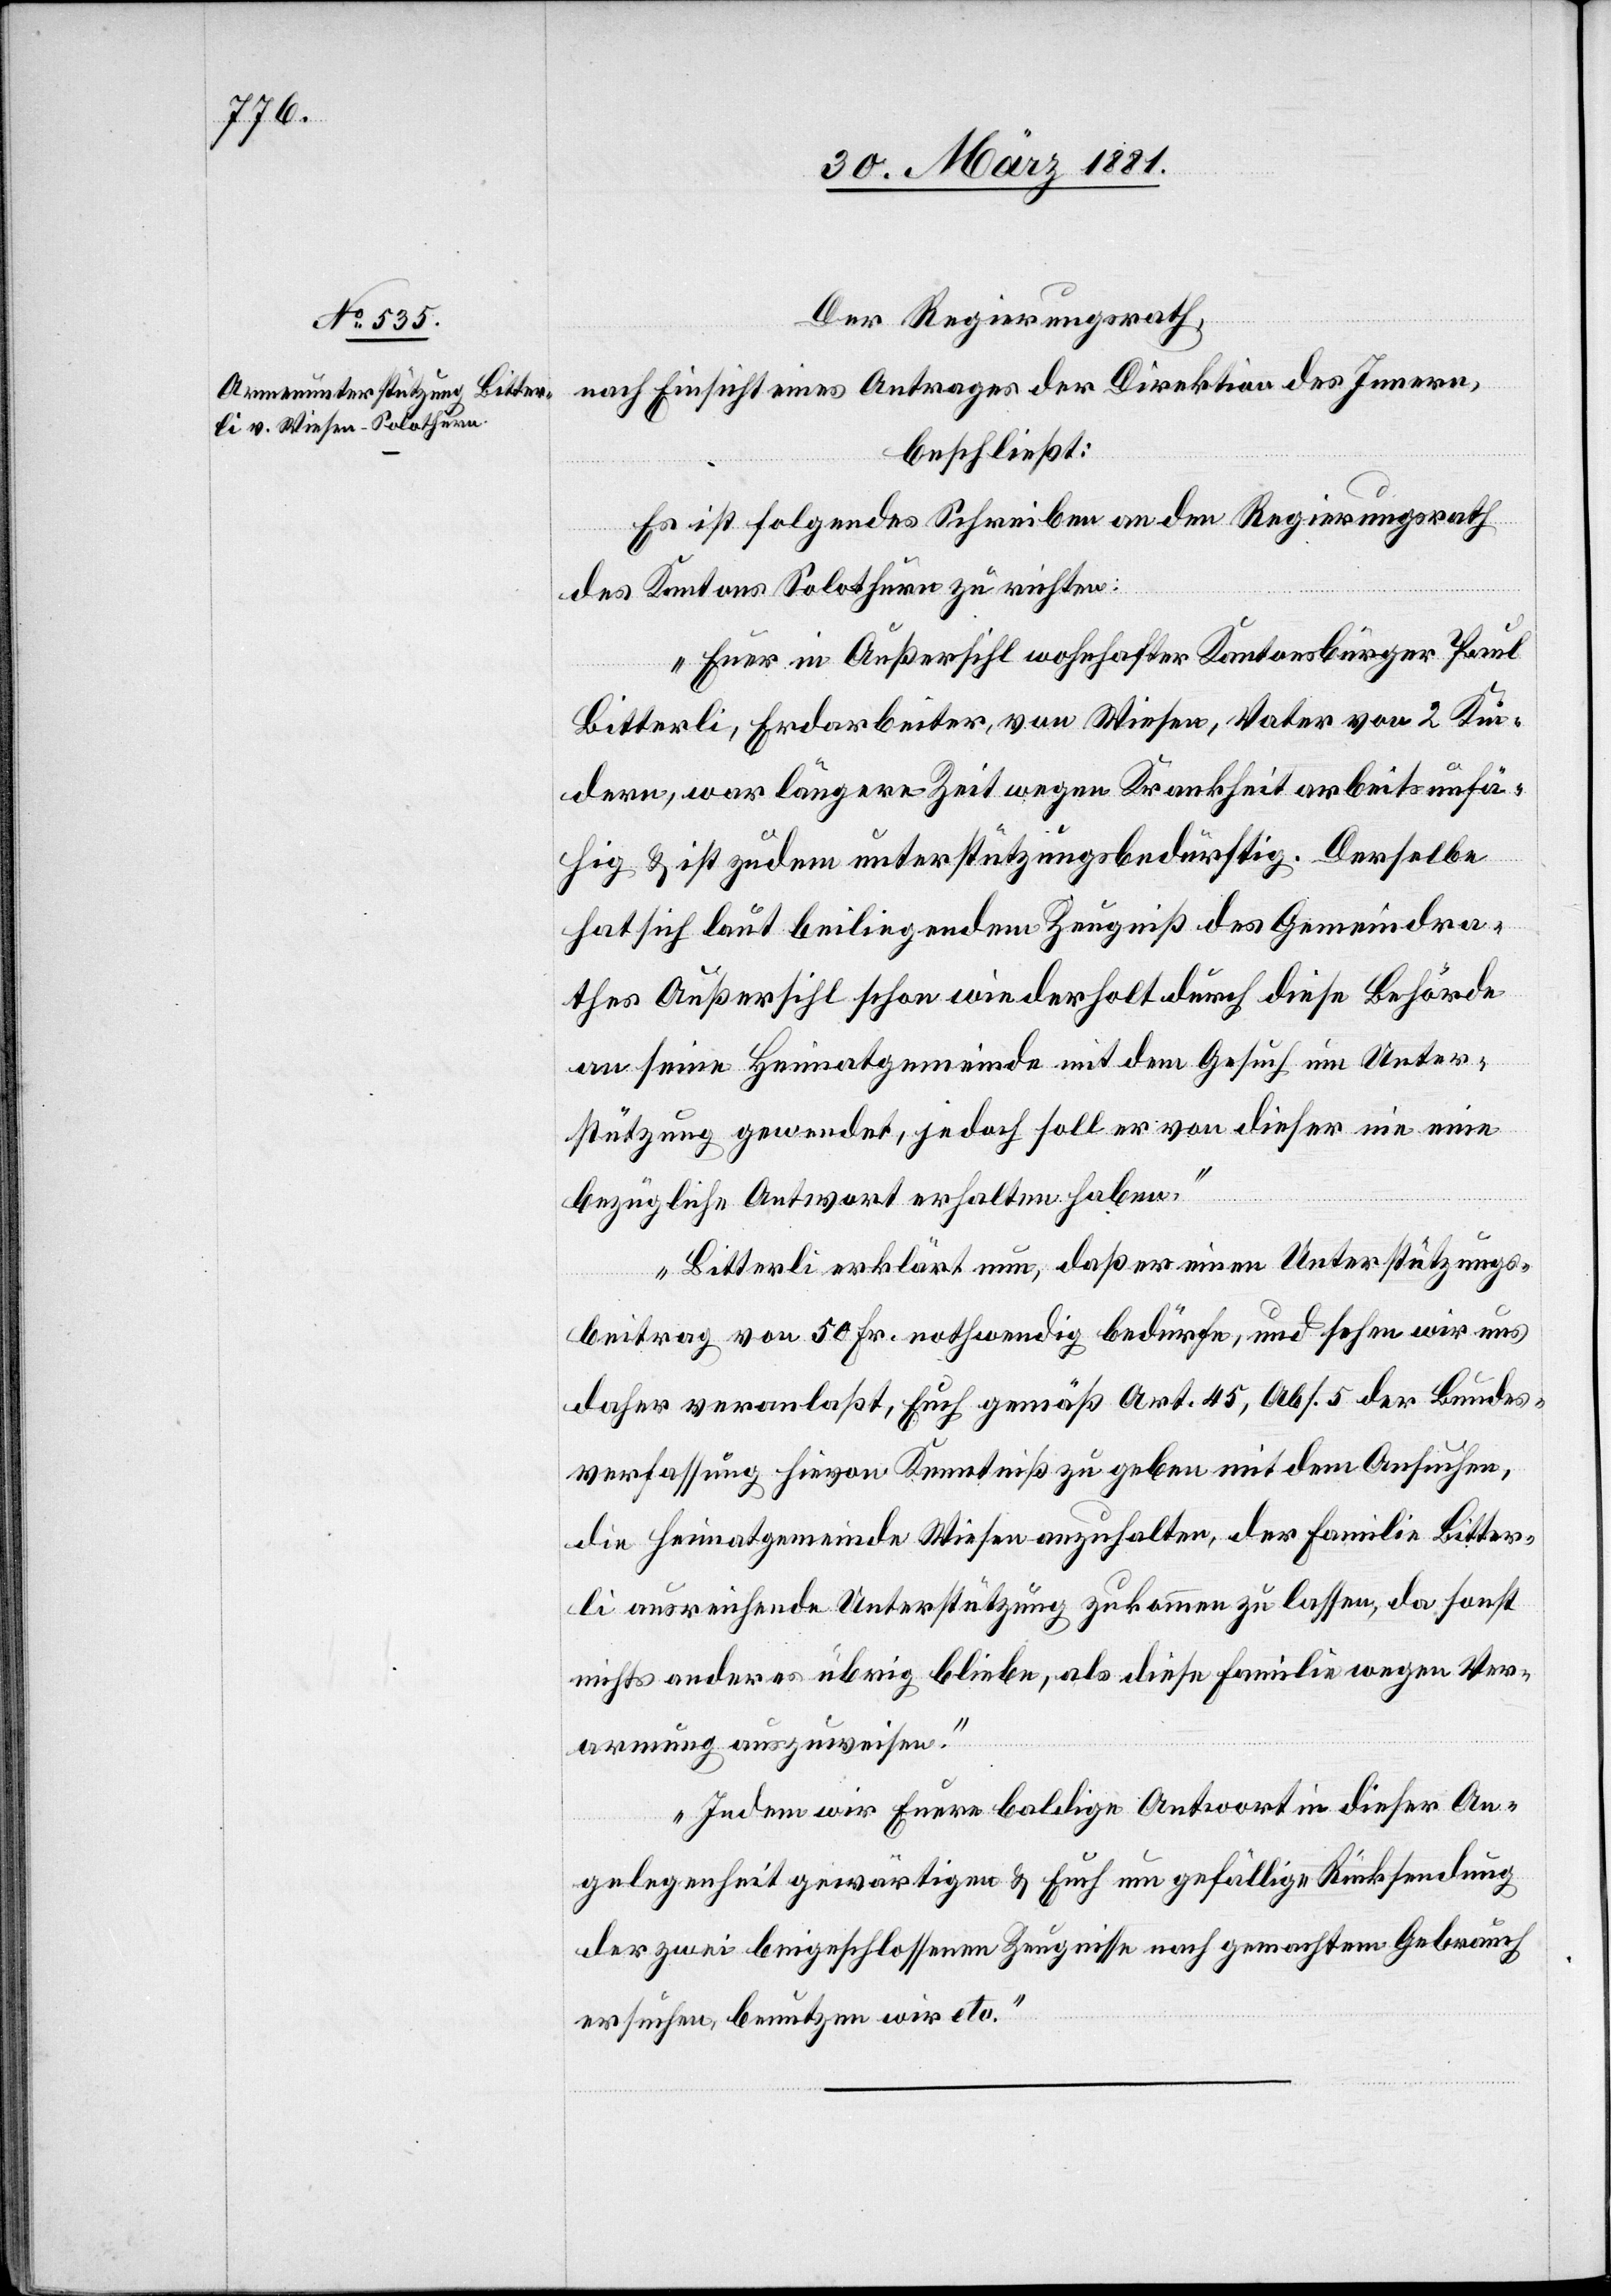
Der Regierungsrath,
nach Einsicht eines Antrages der Direktion des Innern,
beschließt:
Es ist folgendes Schreiben an den Regierungsrath
des Kantons Solothurn zu richten:
„Euer in Außersihl wohnhafter Kantonsbürger Paul
Bitterli, Erdarbeiter, von Wiesen Vater von 2 Kin¬
dern, war längere Zeit wegen Krankheit arbeitsunfä¬
hig & ist zudem unterstützungsbedürftig. Derselbe
hat sich laut beiliegendem Zeugniß des Gemeindra¬
thes Außersihl schon wiederholt durch diese Behörde
an seine Heimatgemeinde mit dem Gesuch um Unter¬
stützung gewendet, jedoch soll er von dieser nie eine
bezügliche Antwort erhalten haben.
Bitterli erklärt nun, daß er einen Unterstützungs¬
beitrag von 50 Fr. nothwendig bedürfe, und sehen wir uns
daher veranlaßt, Euch gemäß Art. 45, Abs. 5 der Bundes¬
verfassung hievon Kenntniß zu geben mit dem Ansuchen,
die Heimatgemeinde Wiesen anzuhalten, der Familie Bitter¬
li ausreichende Unterstützung zukommen zu lassen, da sonst
nichts anderes übrig bliebe, als diese Familie wegen Ver¬
armung auszuweisen.
Indem wir Euere baldige Antwort in dieser An¬
gelegenheit gewärtigen & Euch um gefällige Rücksendung
der zwei beigeschlossenen Zeugnisse nach gemachtem Gebrauch
ersuchen, benutzen wir etc.“